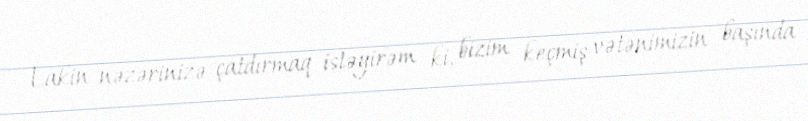
Lakin nəzərinizə çatdırmaq istəyirəm ki, bizim keçmiş vətənimizin başında